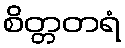
စိတ္တတရံ